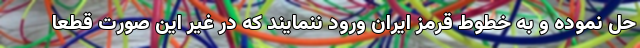
حل نموده و به خطوط قرمز ایران ورود ننمایند که در غیر این صورت قطعاً